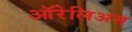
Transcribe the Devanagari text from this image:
ऑरेलिअस